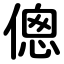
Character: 傯